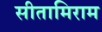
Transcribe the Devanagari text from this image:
सीतामिराम